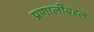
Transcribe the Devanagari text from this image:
प्रणालीबद्दल